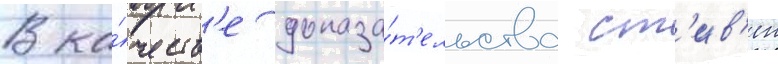
В ка́честв'е доказа́т'ельства ст'ив'ен